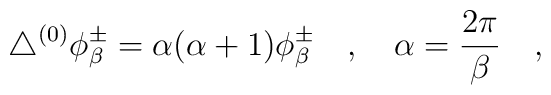
\triangle^{(0)}\phi_\beta^{\pm}=\alpha(\alpha+1)\phi_\beta^{\pm}~~~,~~ ~\alpha={2\pi \over \beta}~~~,